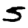
Digit: 5